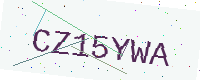
Text: CZ15YWA